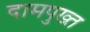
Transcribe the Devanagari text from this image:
दामपुख्त